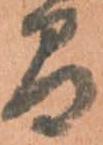
間